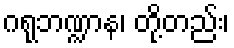
ဂရုဘဏ္ဍာန၊ တို့တည်း၊